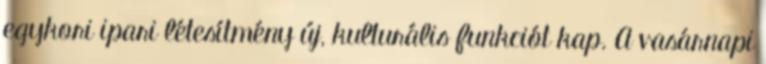
egykori ipari létesítmény új, kulturális funkciót kap. A vasárnapi